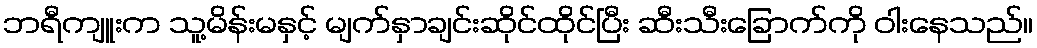
ဘရီကျူးက သူ့မိန်းမနှင့် မျက်နှာချင်းဆိုင်ထိုင်ပြီး ဆီးသီးခြောက်ကို ဝါးနေသည်။